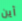
أين